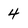
Character: 4